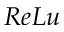
R e L u